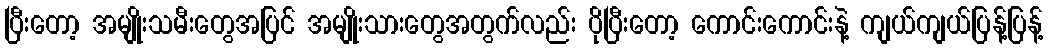
ပြီးတော့ အမျိုးသမီးတွေအပြင် အမျိုးသားတွေအတွက်လည်း ပိုပြီးတော့ ကောင်းကောင်းနဲ့ ကျယ်ကျယ်ပြန့်ပြန့်